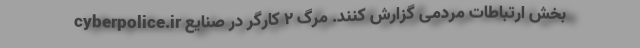
cyberpolice.ir بخش ارتباطات مردمی گزارش کنند. مرگ ۲ کارگر در صنایع